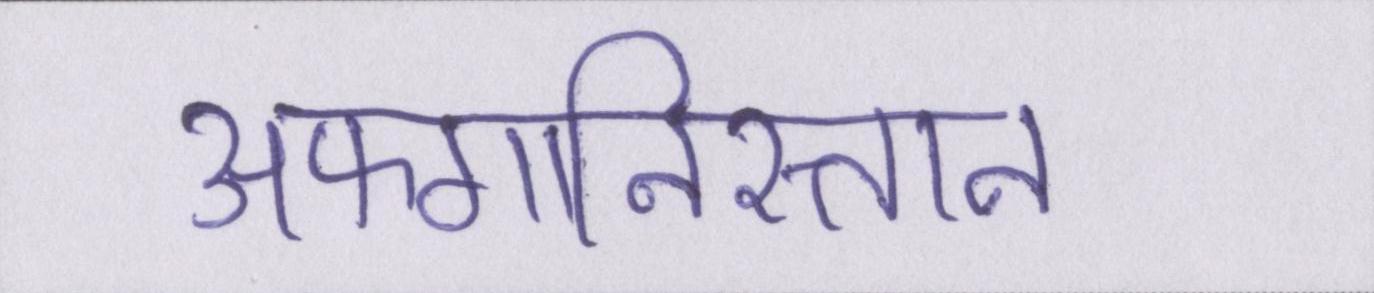
अफगानिस्तान